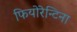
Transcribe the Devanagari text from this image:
फियोरेन्टिना